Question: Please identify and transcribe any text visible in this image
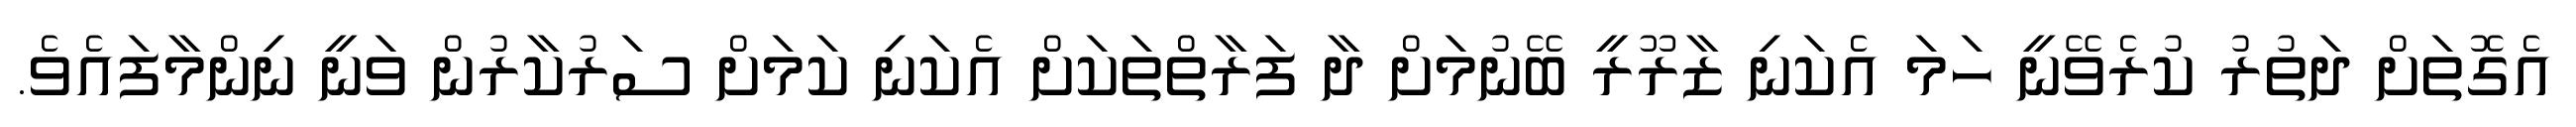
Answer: އެގޮތަށް ދަތުރު ކުރެވޭނީ ހަމަ އެކަނި ޒާރޫރީ ބޭނުމަށް ދާ ފަރާތްތަކަށް އެކަނި ކަމަށް ސަރުކާރުން ވަނީ ނިންމާފައެވެ.